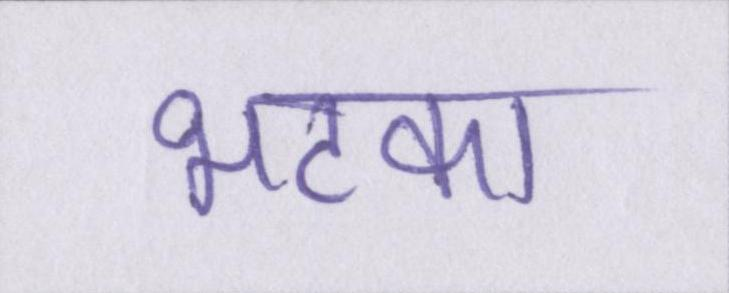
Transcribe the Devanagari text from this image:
भटका